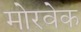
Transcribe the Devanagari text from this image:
मोरवेक